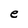
Character: e